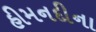
હીમનદીના